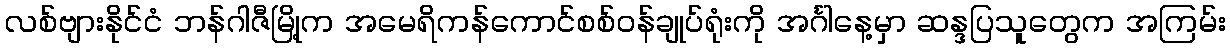
လစ်ဗျားနိုင်ငံ ဘန်ဂါဇီမြို့က အမေရိကန်ကောင်စစ်ဝန်ချုပ်ရုံးကို အင်္ဂါနေ့မှာ ဆန္ဒပြသူတွေက အကြမ်း